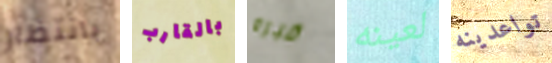
بانتظار بالقارب قبره لعينه تواعدينه